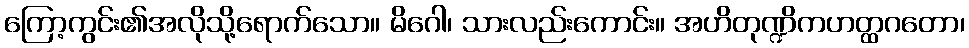
ကြော့ကွင်း၏အလိုသို့ရောက်သော။ မိဂေါ၊ သားလည်းကောင်း။ အဟိတုဏ္ဍိကဟတ္ထဂတော၊